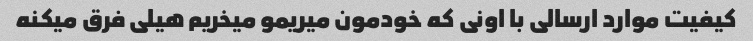
کیفیت موارد ارسالی با اونی که خودمون میریمو میخریم هیلی فرق میکنه